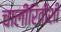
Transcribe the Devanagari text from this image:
चालीरितींशी